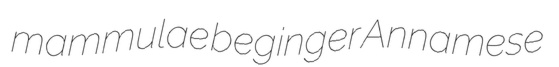
mammulae beginger Annamese